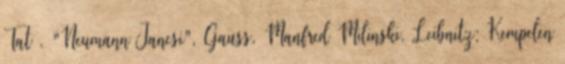
Tat , "Neumann Jancsi", Gauss, Manfred Milinski, Leibnitz; Kempelen